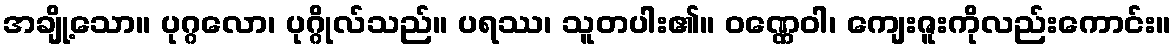
အချို့သော။ ပုဂ္ဂလော၊ ပုဂ္ဂိုလ်သည်။ ပရဿ၊ သူတပါး၏။ ဝဏ္ဏေဝါ၊ ကျေးဇူးကိုလည်းကောင်း။